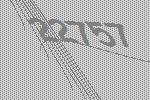
22757